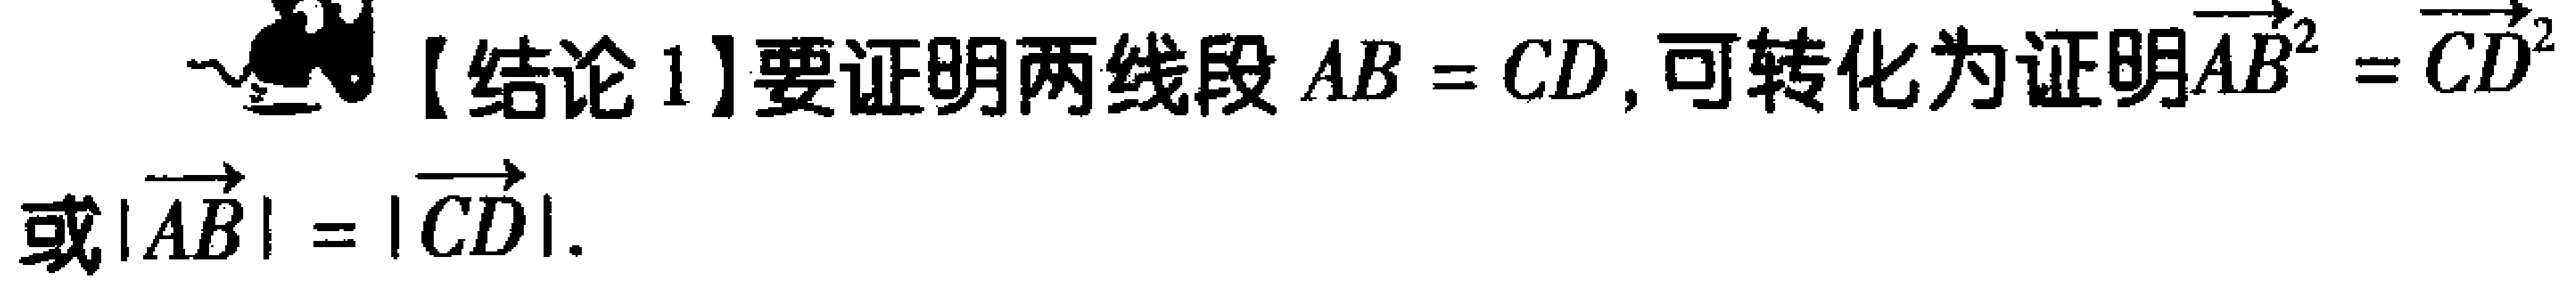
【结论1】要证明两线段 \(AB = CD\)，可转化为证明\(\overrightarrow{AB}^{2}=\overrightarrow{CD}^{2}\)或\(|\overrightarrow{AB}| = |\overrightarrow{CD}|\)。